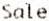
SALE